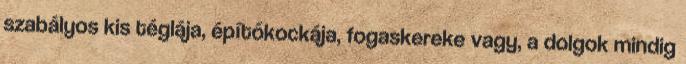
szabályos kis téglája, épí­tő­koc­kája, fogaskereke vagy, a dolgok mindig